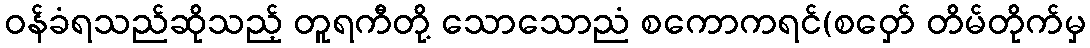
ဝန်ခံရသည်ဆိုသည့် တူရကီတို့ သောသောညံ စကောကရင်(စဝှော် တိမ်တိုက်မှ